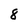
Character: 8